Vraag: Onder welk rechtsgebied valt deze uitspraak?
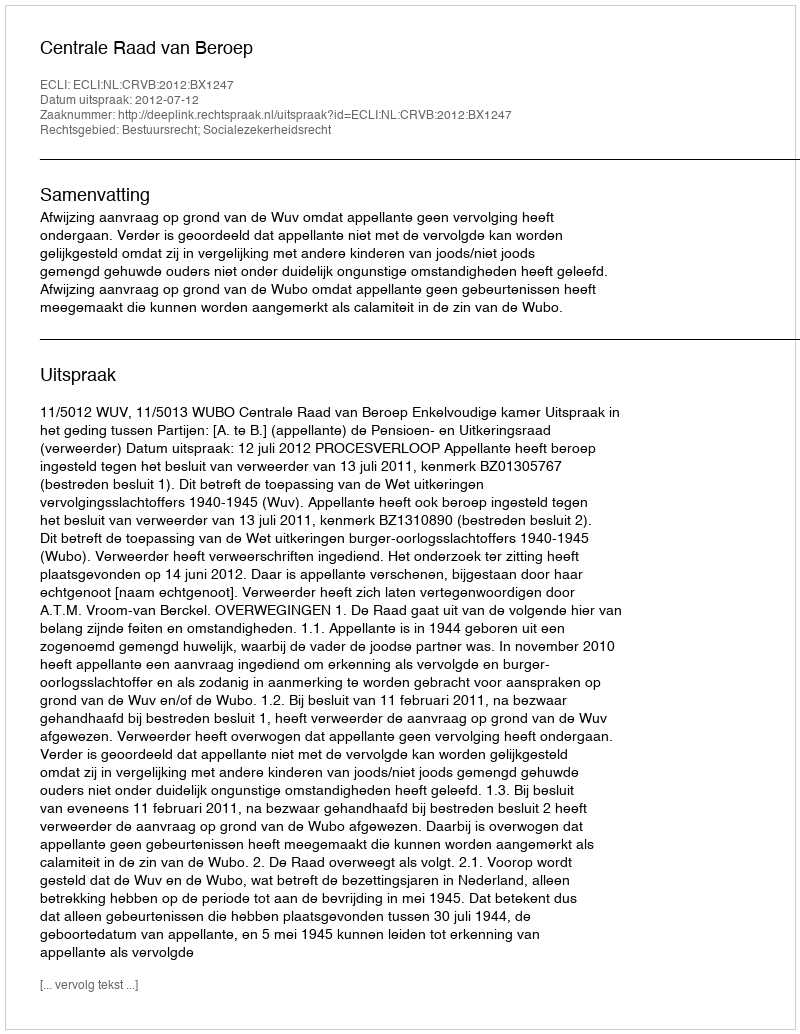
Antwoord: Bestuursrecht; Socialezekerheidsrecht